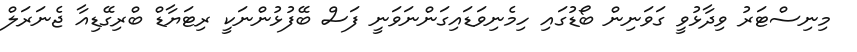
މިނިސްޓަރު ވިދާޅުވީ ގަވަނިން ބޯޑުގައި ހިމެނިވަޑައިގަންނަވަނީ ފަސް ބޭފުޅުންނަކީ ރިޓަޔާޑް ބްރިގޭޑިއާ ޖެނަރަލް